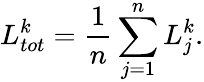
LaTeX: L_{tot}^{k}=\frac{1}{n}\sum_{j=1}^{n}L_{j}^{k}.